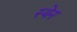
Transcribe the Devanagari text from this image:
स्येन